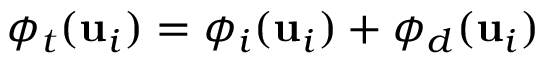
\phi _ { t } ( \mathbf { u } _ { i } ) = \phi _ { i } ( \mathbf { u } _ { i } ) + \phi _ { d } ( \mathbf { u } _ { i } )